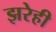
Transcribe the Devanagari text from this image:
झरेही